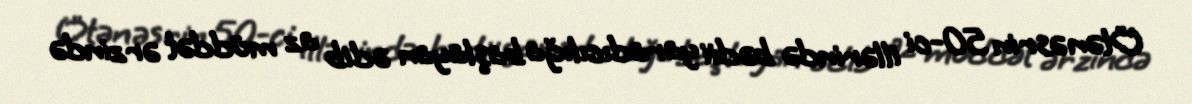
Ötən əsrin 50-ci illərində bədii yaradıcılığa başlayan ədib az müddət ərzində